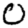
Digit: 0